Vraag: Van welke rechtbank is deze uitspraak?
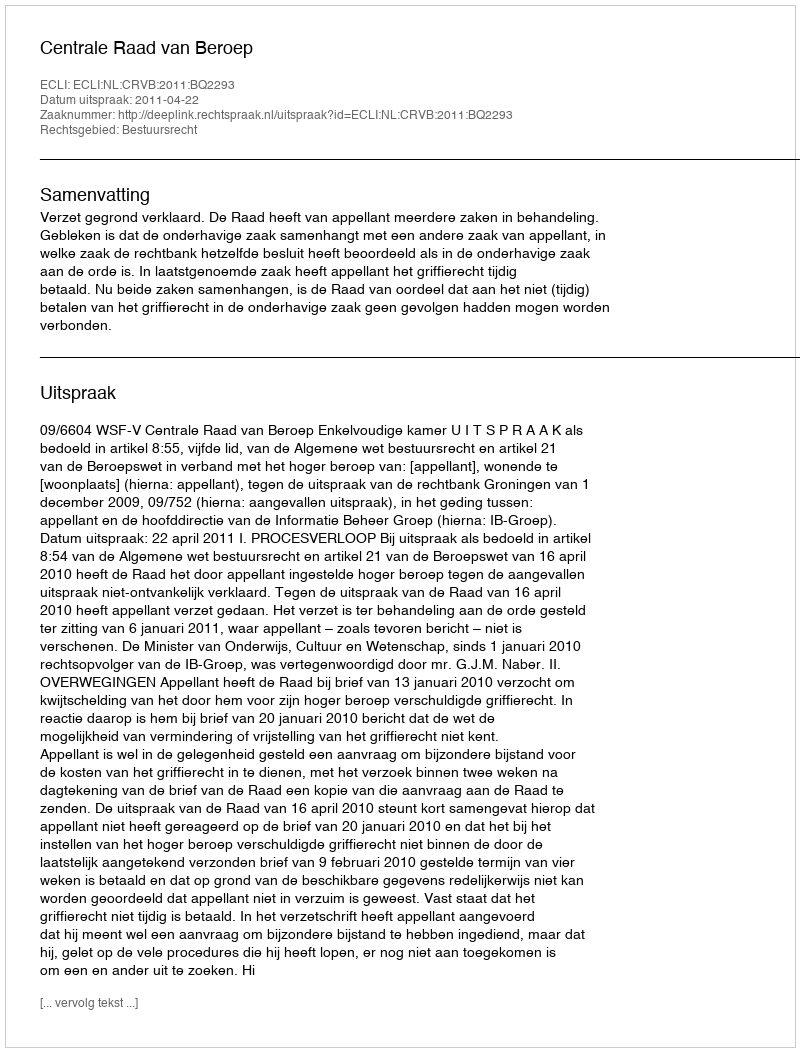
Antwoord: Centrale Raad van Beroep